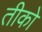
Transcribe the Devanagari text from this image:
तीको